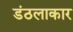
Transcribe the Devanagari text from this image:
डंठलाकार